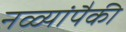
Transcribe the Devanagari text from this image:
नळ्यांपैकी